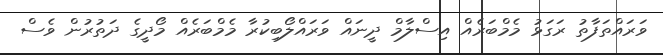
ވަރައްތަފާތު ރަގަޅު މެމްބަރެއް އިސްލާމް ދީނައް ވަރައްލޯބިކުރާ މެމްބަރެއް މޯދީގެ ދަތުރުން ވެސް